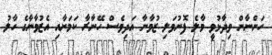
ހަންނާން ވިދާޅުވީ މާލެ ފޮނުވަލި ޒުވާނާ އަދިވެސް ހޭނާރާ ކަމަށާއި އެޒުވާނާގެ ހާލު